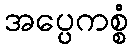
အပ္ပေကစ္စံ